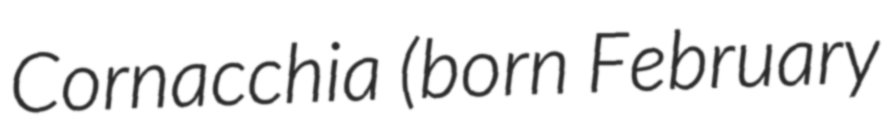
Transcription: Cornacchia (born February